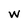
Character: w